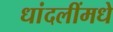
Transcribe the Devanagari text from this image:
धांदलींमधे